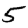
Digit: 5